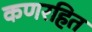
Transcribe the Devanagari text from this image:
कणरहित